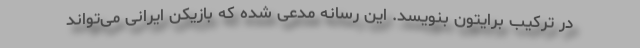
در ترکیب برایتون بنویسد. این رسانه مدعی شده که بازیکن ایرانی می‌تواند